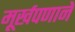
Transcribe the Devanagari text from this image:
मूर्खपणाने